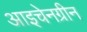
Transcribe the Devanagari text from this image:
आइचेनग्रीन